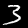
Label: 3